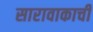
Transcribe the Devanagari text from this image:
सारावाकाची